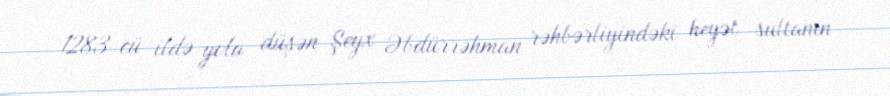
1283-cü ildə yola düşən Şeyx Əbdürrəhman rəhbərliyindəki heyət sultanın